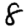
Digit: 8